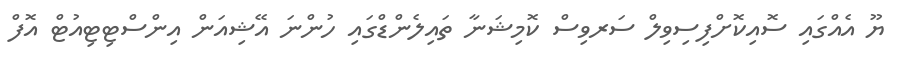
ޔޫ އެއްގައި ސޮއިކޮށްފިސިވިލް ސަރވިސް ކޮމިޝަނާ ތައިލެންޑްގައި ހުންނަ އޭޝިއަން އިންސްޓިޓިއުޓް އޮފް